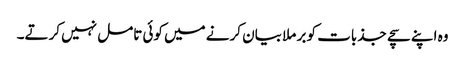
وہ اپنے سچے جذبات کو بر ملا بیان کرنے میں کوئی تامل نہیں کرتے۔